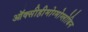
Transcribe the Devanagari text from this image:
ऑक्सीहीमोग्मोग्लोबिन